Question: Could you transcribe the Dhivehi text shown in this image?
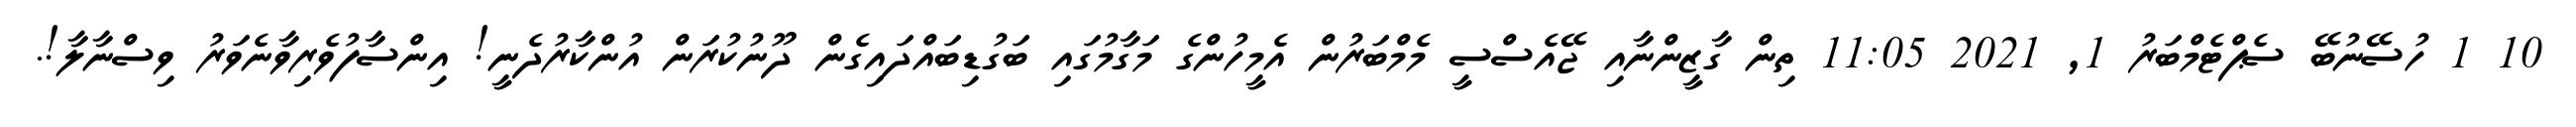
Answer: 10 1 ހުސޭނުބޭ ސެޕްޓެމްބަރު 1, 2021 11:05 ތިން ގާޒީންނާއި ޖޭއެސްސީ މެމްބަރުން އެމީހުންގެ މަގާމުގައި ބަގުޑިބައްދައިގެން ދޫނުކުރަން އުންކާރުދެނީ! އިންސާފުވެރިވާނެވަރު ވިސްނާލާ!.